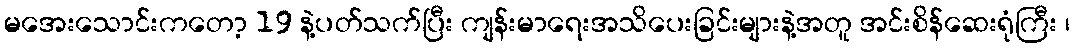
မအေးသောင်းကတော့ 19 နဲ့ပတ်သက်ပြီး ကျန်းမာရေးအသိပေးခြင်းများနဲ့အတူ အင်းစိန်ဆေးရုံကြီး ၊